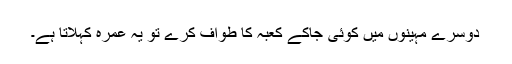
دوسرے مہینوں میں کوئی جاکے کعبہ کا طواف کرے تو یہ عمرہ کہلاتا ہے۔